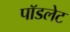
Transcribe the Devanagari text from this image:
पॉडलेट